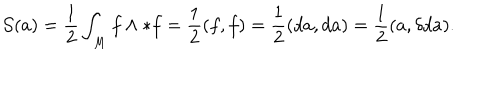
{ \cal S } ( a ) = \frac { 1 } { 2 } \int _ { M } f \wedge * f = \frac { 1 } { 2 } ( f , f ) = \frac { 1 } { 2 } ( d a , d a ) = \frac { 1 } { 2 } ( a , \delta d a ) .